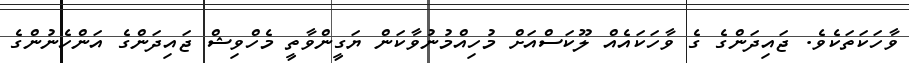
ވާހަކަތަކެވެ. ޖައިދަންގެ ގެ ވާހަކައެއް ލޫކަސްއަށް މުހިއްމުނުވާކަން ޔަގީންވާތީ މެހްވިޝް ޖައިދަންގެ އަންހެނުންގެ